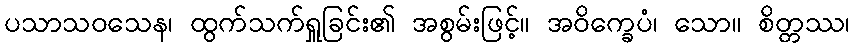
ပသာသဝသေန၊ ထွက်သက်ရှူခြင်း၏ အစွမ်းဖြင့်။ အဝိက္ခေပံ၊ သော။ စိတ္တဿ၊